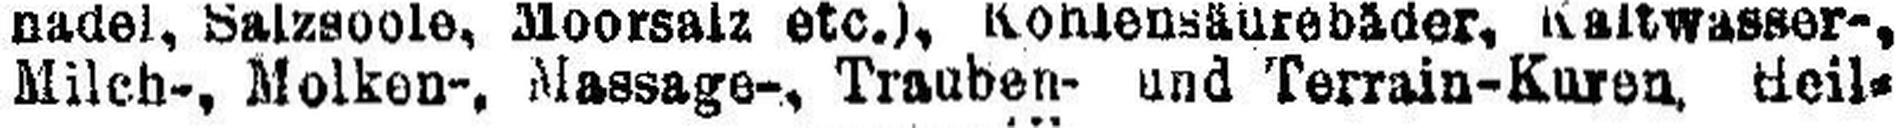
Milch-, Molken-, Massage-, Trauben- und Terrain-Kuren, Heil¬